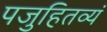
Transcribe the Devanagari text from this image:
पजुहितव्यं